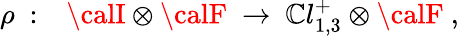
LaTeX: \rho~:~~~{\calI}\otimes{\calF}~\rightarrow~\mathbb{C}l_{1,3}^{+}\otimes{\calF}~,